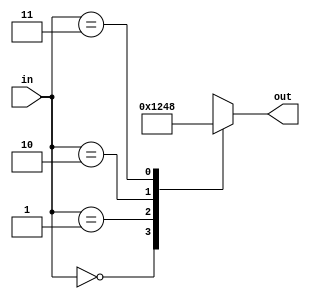
`timescale 1ns/1ps
`default_nettype none

module Decode24 ( out , in ) ;
  input wire [ 1 : 0 ] in;
  output reg [ 3 : 0 ] out ;

  always @(in) // alerted when in changes
    begin
      case(in)
        2'b00: out = 4'b0001;  //when input is 00 output is 0001
        2'b01: out = 4'b0010; //when input is 01 output is 0010
        2'b10: out = 4'b0100; //when input is 10 output is 0100
        2'b11: out = 4'b1000; //when input is 11 output is 1000
      endcase
    end
endmodule